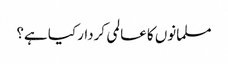
مسلمانوں کا عالمی کردار کیا ہے؟